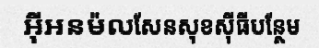
អ៊ីអនម៉លសែនសុខស៊ីធីបន្ថែម